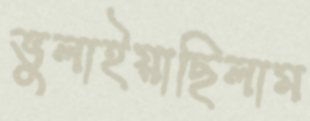
ভুলাইয়াছিলাম